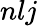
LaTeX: nlj